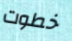
خطوت